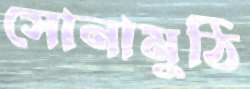
সোনামুঠি